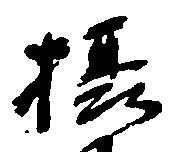
摂